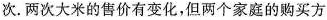
次。两次大米的售价有变化，但两个家庭的购买方